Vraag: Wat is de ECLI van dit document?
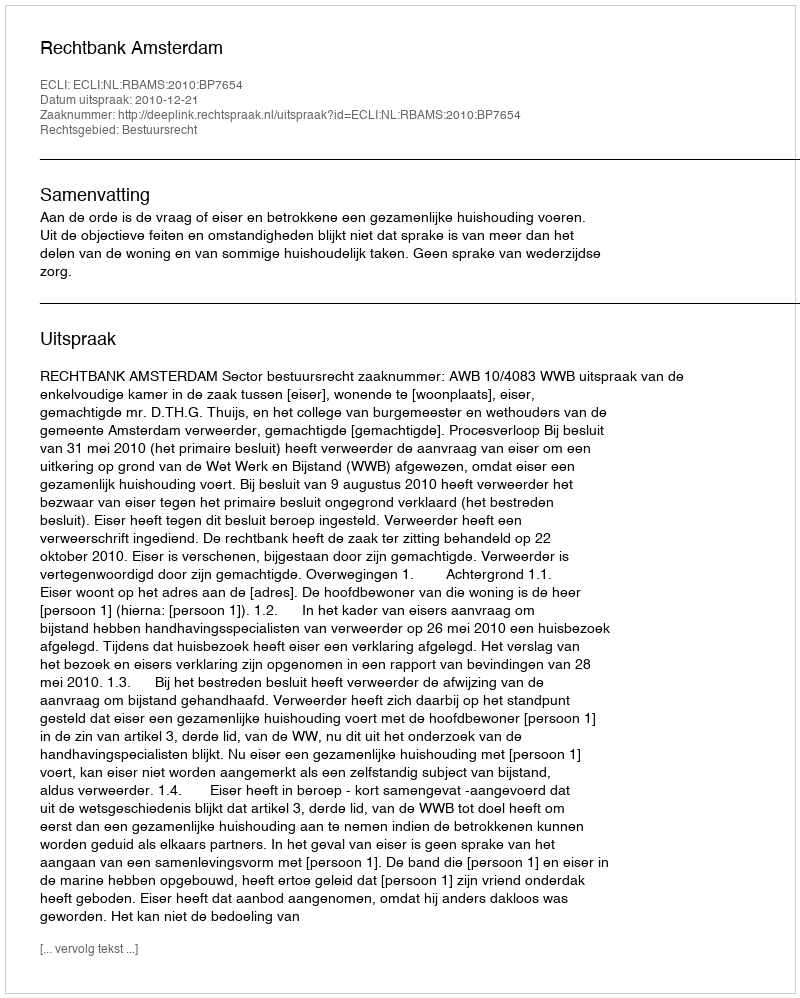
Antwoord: ECLI:NL:RBAMS:2010:BP7654